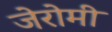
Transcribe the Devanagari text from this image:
जेरोमी